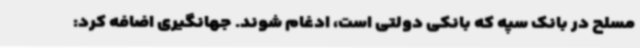
مسلح در بانک سپه که بانکی دولتی است، ادغام شوند. جهانگیری اضافه کرد: